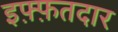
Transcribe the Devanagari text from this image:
इफ़्फ़तदार